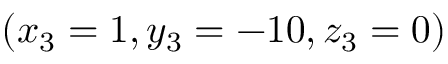
( x _ { 3 } = 1 , y _ { 3 } = - 1 0 , z _ { 3 } = 0 )